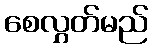
စေလွှတ်မည်